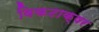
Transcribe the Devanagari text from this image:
विकटाक्षर